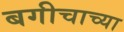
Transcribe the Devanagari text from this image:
बगीचाच्या